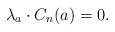
\begin{align*} \lambda_a \cdot C_n(a) = 0. \end{align*}